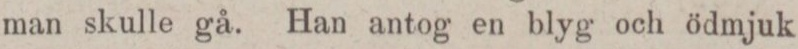
man skulle gå. Han antog en blyg och ödmjuk